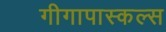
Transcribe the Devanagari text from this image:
गीगापास्कल्स